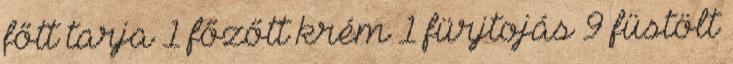
főtt tarja 1 főzőtt krém 1 fürjtojás 9 füstölt